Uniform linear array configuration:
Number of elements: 24
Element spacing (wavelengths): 0.75
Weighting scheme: hann
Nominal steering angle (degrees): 30
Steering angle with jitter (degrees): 29.789
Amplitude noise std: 0.05
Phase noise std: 0.05

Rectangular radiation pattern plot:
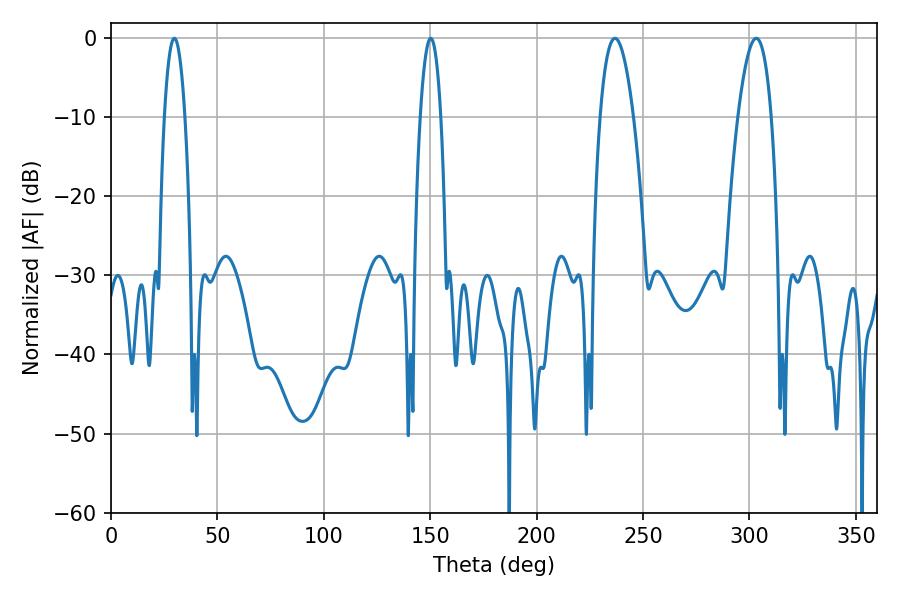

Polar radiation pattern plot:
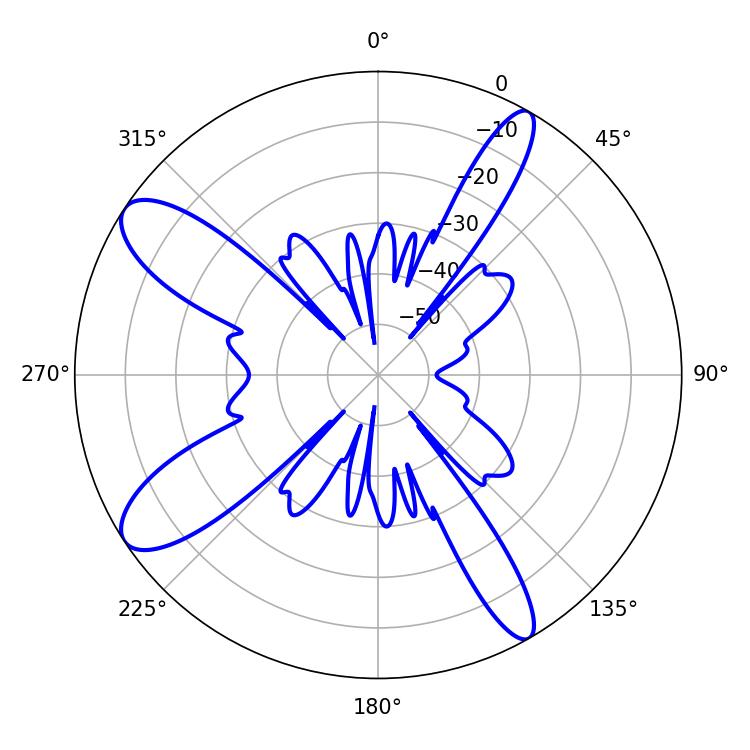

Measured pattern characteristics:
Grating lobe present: TRUE
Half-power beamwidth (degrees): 8.64
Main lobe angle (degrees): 303.12